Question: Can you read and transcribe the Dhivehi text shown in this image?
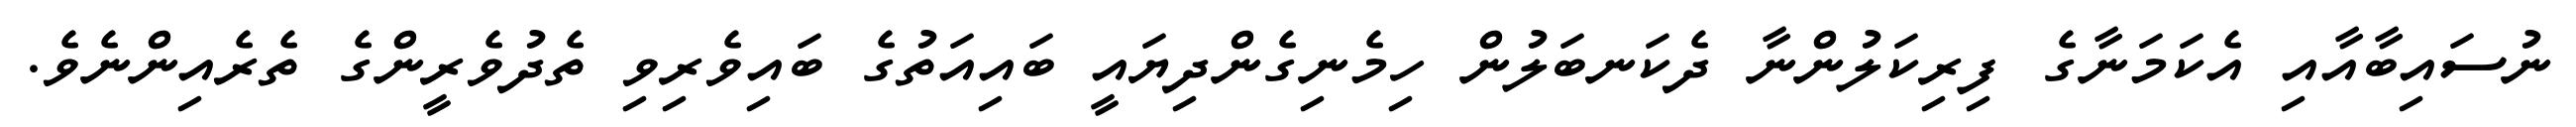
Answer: ނުސައިބާއާއި އެކަމަނާގެ ފިރިކަލުންނާ ދެކަނބަލުން ހިމެނިގެންދިޔައީ ބައިއަތުގެ ބައިވެރިވި ތެދުވެރީންގެ ތެރެއިންނެވެ.